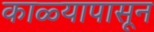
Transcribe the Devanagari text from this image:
काळ्यापासून